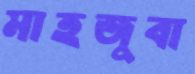
মাহজুবা